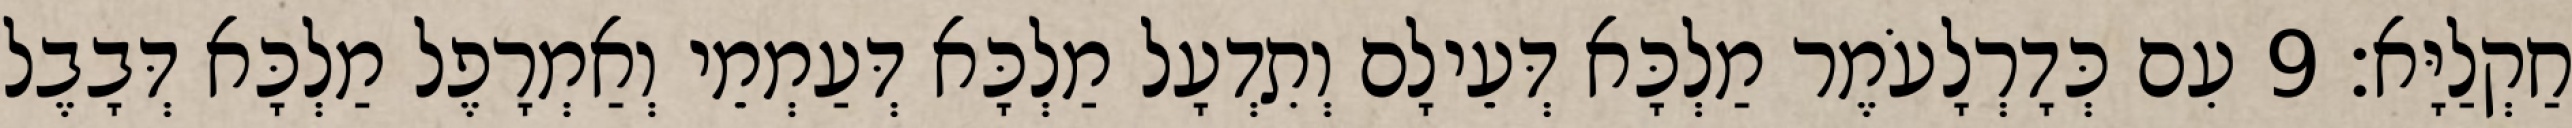
חַקְלַיָּא׃ 9 עִם כְּדָרְלָעֹמֶר מַלְכָּא דְּעֵילָם וְתִדְעָל מַלְכָּא דְּעַמְמֵי וְאַמְרָפֶל מַלְכָּא דְּבָבֶל